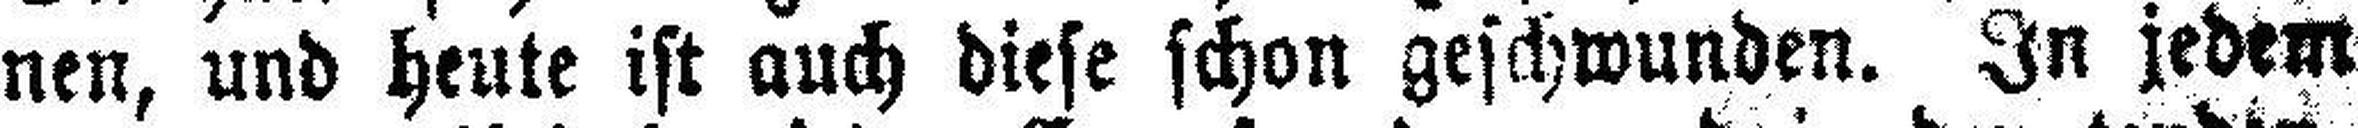
nen, und heute ist auch diese schon geschwunden. In jedem